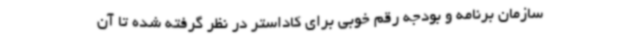
سازمان برنامه و بودجه رقم خوبی برای کاداستر در نظر گرفته شده تا آن